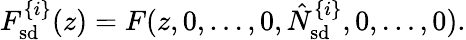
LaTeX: F_{\mathrm{sd}}^{\{ i\} }(z)=F(z,0,\ldots,0,\hat{N}_{\mathrm{sd}}^{\{ i\} },0,\ldots,0).